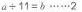
$$a \div 1 1 = b \cdots \cdots 2$$